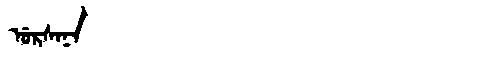
Manchu: ᡠᡵᠰᠠᠨᠠ
Romanization: URSANA